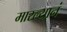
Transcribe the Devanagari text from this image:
मारल्यानं